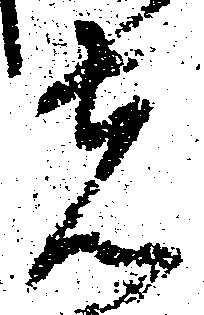
者